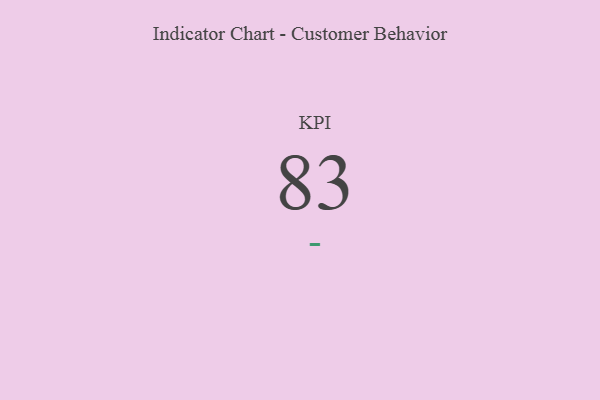
{"axis": {"x": "KPI", "y": "Value"}, "legend": [""], "data": [{"x": "KPI", "y": 83, "type": ""}]}